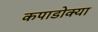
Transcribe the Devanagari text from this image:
कपाडोक्या